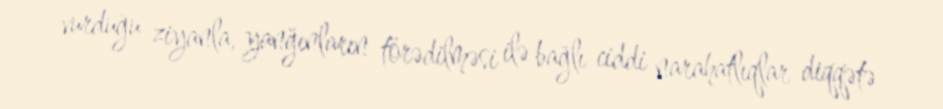
vurduğu ziyanla, yanğınların törədilməsi ilə bağlı ciddi narahatlıqlar diqqətə